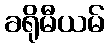
ခရိုမီယမ်